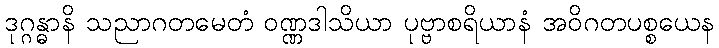
ဒုဂ္ဂန္ဓာနိ သညာဂတမေတံ ဝဏ္ဏဒါသိယာ ပုဗ္ဗာစရိယာနံ အဝိဂတပစ္စယေန